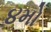
૪મો